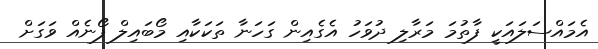
އެމައްސަލައަކީ ފާތުމަ މަރާލި ދުވަހު އެގެއިން ގަހަނާ ތަކަކާއި މޯބައިލް ފޯނެއް ވަގަށް